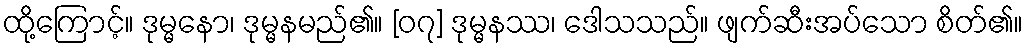
ထို့ကြောင့်။ ဒုမ္မနော၊ ဒုမ္မနမည်၏။ [၀၇] ဒုမ္မနဿ၊ ဒေါသသည်။ ဖျက်ဆီးအပ်သော စိတ်၏။